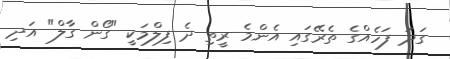
ގަދަ ފަހެއްގެ ތެރޭގައި އެންމެ ރީތި ދެ ފިލްމަކީ "ގޯން ގާލް" އަދި